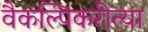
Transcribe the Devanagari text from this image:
वैकल्पिकरीत्या